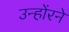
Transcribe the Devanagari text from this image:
उन्होंरने